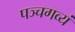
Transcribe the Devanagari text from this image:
पञ्चगव्यं